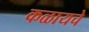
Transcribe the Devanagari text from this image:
कळायचे